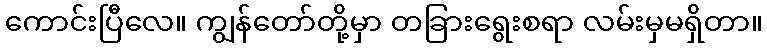
ကောင်းပြီလေ။ ကျွန်တော်တို့မှာ တခြားရွေးစရာ လမ်းမှမရှိတာ။